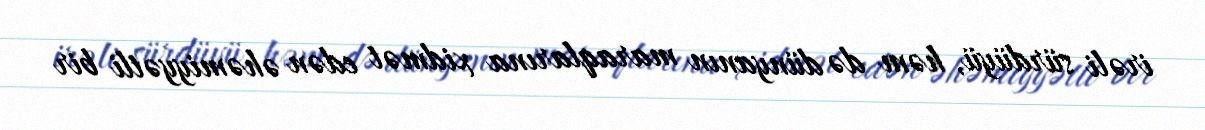
irəli sürdüyü, həm də dünyanın maraqlarına xidmət edən əhəmiyyətli bir